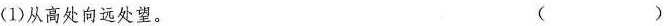
(1)从高处向远处望。 ( )